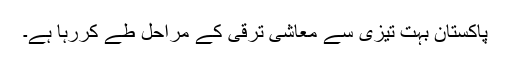
پاکستان بہت تیزی سے معاشی ترقی کے مراحل طے کررہا ہے۔